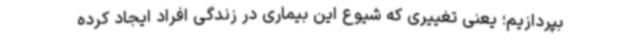
بپردازیم؛ یعنی تغییری که شیوع این بیماری در زندگی افراد ایجاد کرده